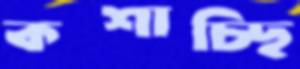
কশাচ্ছি